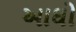
આઘો